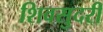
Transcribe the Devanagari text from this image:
शिवसुदरी